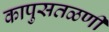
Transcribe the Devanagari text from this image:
कापुसतळणी